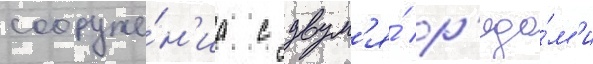
сооруже́н'иа с двум'я́ р'яда́м'и